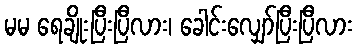
မမ ရေချိုးပြီးပြီလား၊ ခေါင်းလျှော်ပြီးပြီလား